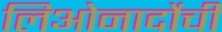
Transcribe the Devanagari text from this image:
लिओनार्दोची